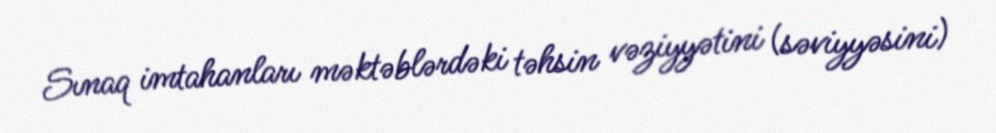
Sınaq imtahanları məktəblərdəki təhsin vəziyyətini (səviyyəsini)